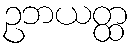
ဥဘယတ္ထ